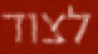
לצוד